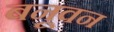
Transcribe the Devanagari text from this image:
बनूवन